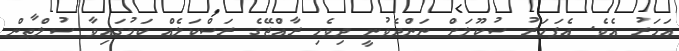
އަހަރު އެވެ. އެފަހަރު ސުކޫލަށް ނަންދެވުނީ ދިވެހި ރާއްޖޭގެ ރަސްކަލެއް ކަމުގައިވާ ސުލްޠާން